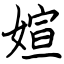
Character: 媗